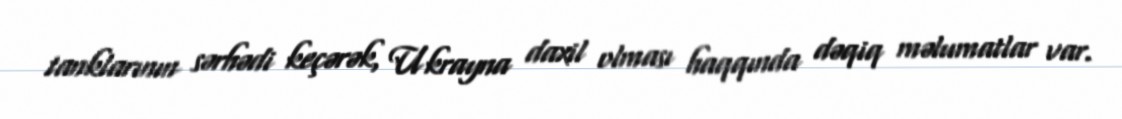
tanklarının sərhədi keçərək, Ukrayna daxil olması haqqında dəqiq məlumatlar var.